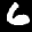
Label: 6